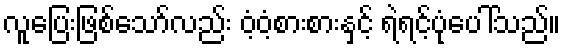
လူပြေးဖြစ်သော်လည်း ဝံ့ဝံ့စားစားနှင့် ရဲရင့်ပုံပေါ်သည်။